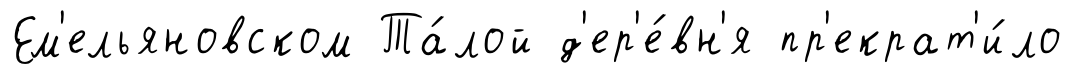
Ем'ельяновском Та́лой д'ер'е́вн'я пр'екрат'и́ло